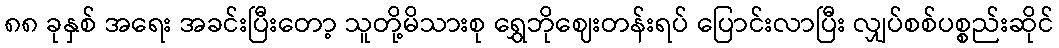
၈၈ ခုနှစ် အရေး အခင်းပြီးတော့ သူတို့မိသားစု ရွှေဘိုဈေးတန်းရပ် ပြောင်းလာပြီး လျှပ်စစ်ပစ္စည်းဆိုင်